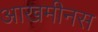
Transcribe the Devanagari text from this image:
आखमीनस